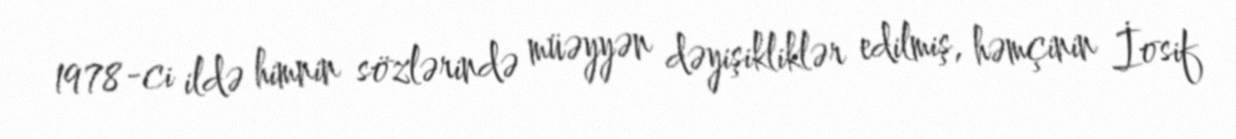
1978-ci ildə himnin sözlərində müəyyən dəyişikliklər edilmiş, həmçinin İosif